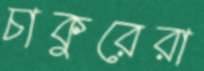
চাকুরেরা